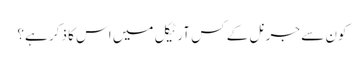
کون سے جرنل کے کس آرٹیکل میں اس کا ذکر ہے؟